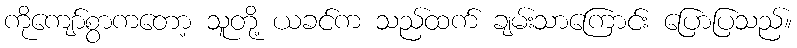
ကိုကျော်စွာကတော့ သူတို့ ယခင်က သည်ထက် ချမ်းသာကြောင်း ပြောပြသည်။